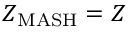
Z _ { \mathrm { M A S H } } = Z